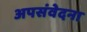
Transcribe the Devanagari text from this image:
अपसंवेदना